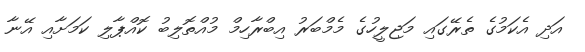
އަދި އެކަމުގެ ތެރޭގައި މަޖިލީހުގެ މެމްބަރު އިބްރާހިމް މުއްތޮލިބު ކޮއްޕާލި ކަމަށާއި އޭނާ